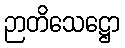
ဉာတိသေဋ္ဌော